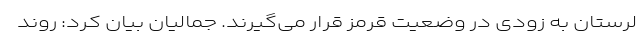
لرستان به زودی در وضعیت قرمز قرار می‌گیرند. جمالیان بیان کرد: روند